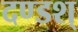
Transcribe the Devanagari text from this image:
दण्डश्